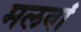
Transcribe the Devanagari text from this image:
मलवां